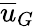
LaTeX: \overline{{u}}_{G}